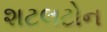
શટલટોન